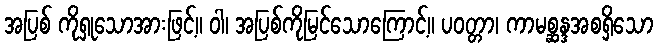
အပြစ် ကိုရှုသောအားဖြင့်။ ဝါ၊ အပြစ်ကိုမြင်သောကြောင့်။ ပဝတ္တာ၊ ကာမစ္ဆန္ဒအစရှိသော